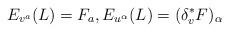
LaTeX: \begin{align*}E_{v^a}(L)= F_a,E_{u^\alpha}(L)= (\delta^*_v F)_\alpha\end{align*}